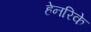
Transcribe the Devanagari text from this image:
हेनरिके